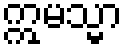
ဣမသ္မာ